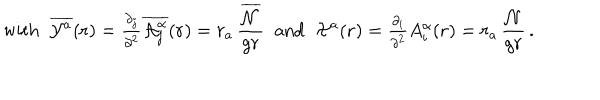
LaTeX: \mathrm { w i t h } \; \; \overline { { { { \cal { Y } } ^ { a } } } } ( { \bf { r } } ) = { \textstyle \frac { \partial _ { j } } { \partial ^ { 2 } } \overline { { { { \cal A } _ { j } ^ { \alpha } } } } ( { \bf r } ) } = r _ { a } \, \frac { \overline { { { \cal { N } } } } } { g r } \; \; \mathrm { a n d } \; \; { \cal { X } } ^ { a } ( { \bf { r } } ) = { \textstyle \frac { \partial _ { i } } { \partial ^ { 2 } } } A _ { i } ^ { \alpha } ( { \bf { r } } ) = r _ { a } \, \frac { \cal { N } } { g r } \, .